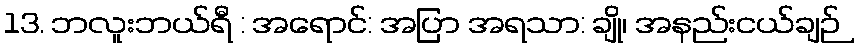
13. ဘလူးဘယ်ရီ : အရောင်: အပြာ အရသာ: ချို၊ အနည်းငယ်ချဉ်